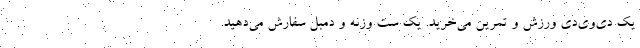
یک دی‌وی‌دی ورزش و تمرین می‌خرید. یک ست وزنه و دمبل سفارش می‌دهید.